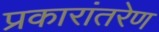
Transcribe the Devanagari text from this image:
प्रकारांतरेण